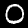
Digit: 0